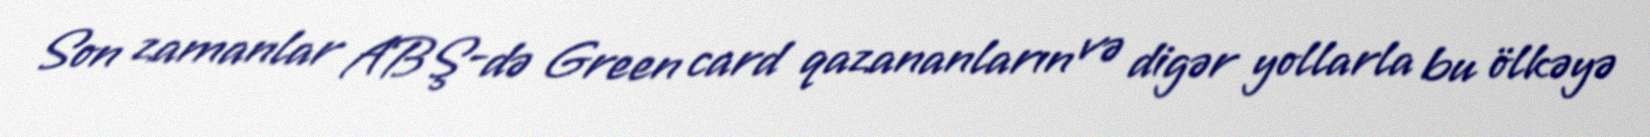
Son zamanlar ABŞ-də Green card qazananların və digər yollarla bu ölkəyə